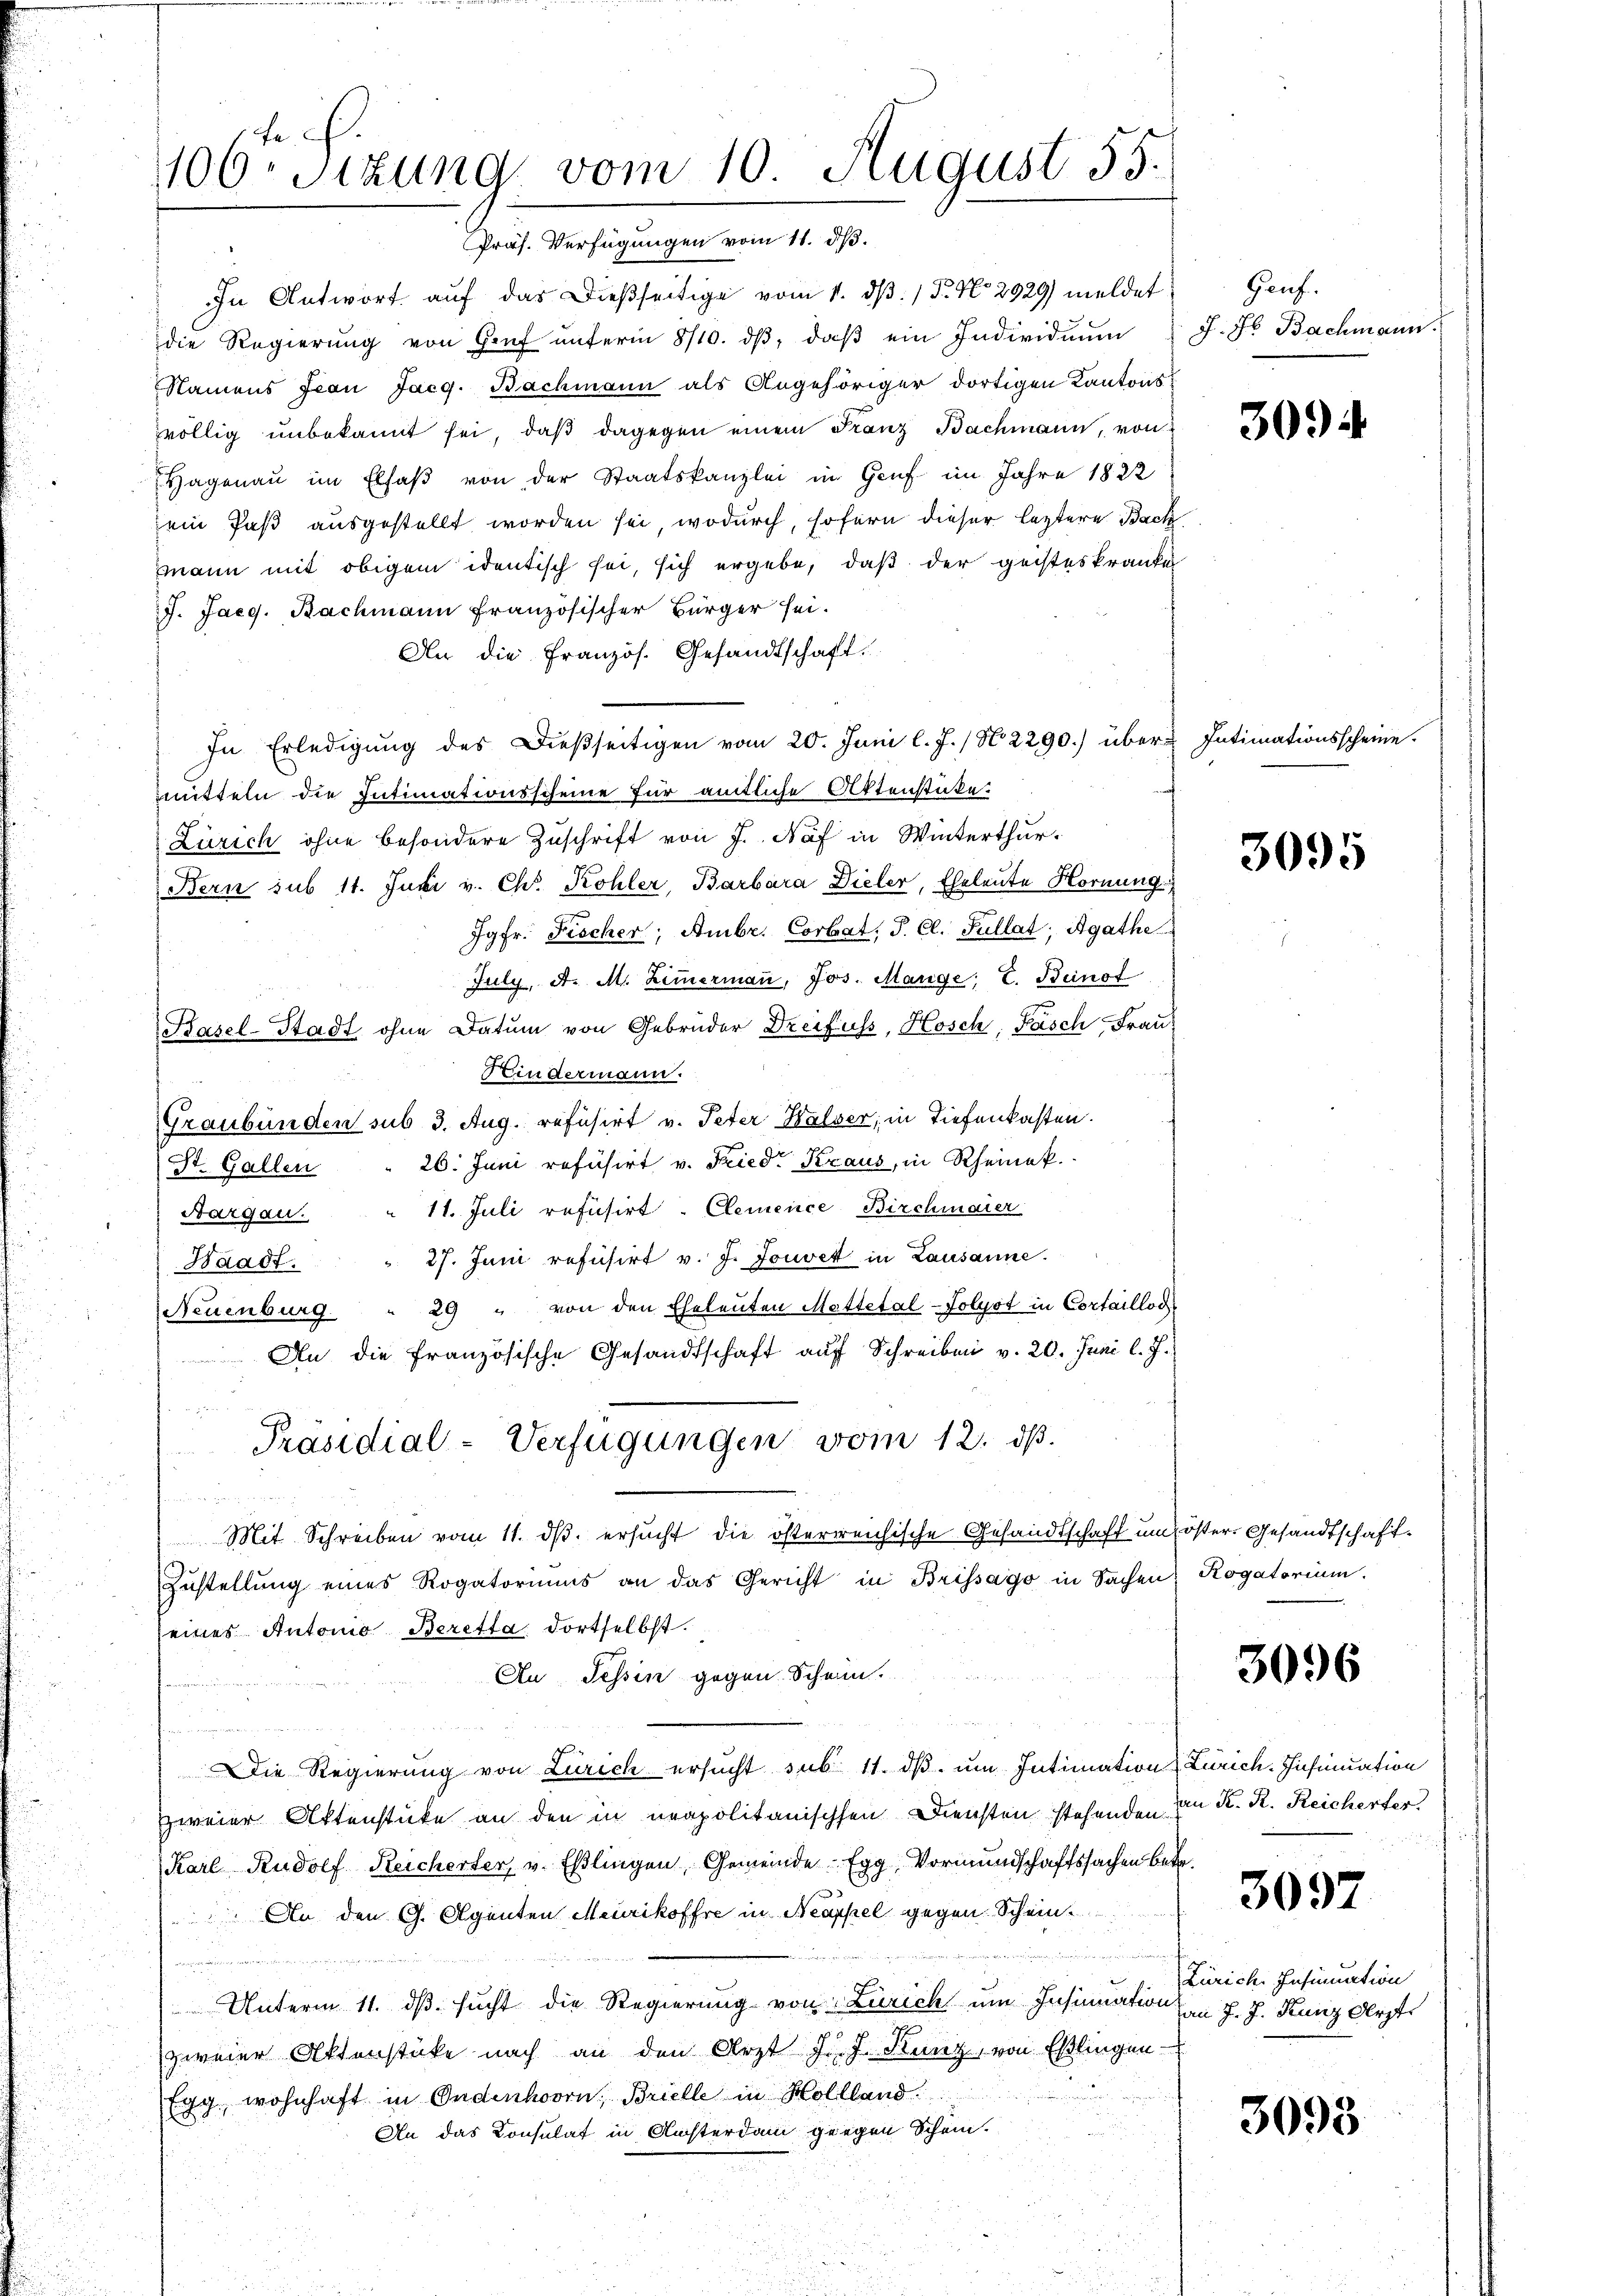
In Antwort auf das dießseitige vom 1. dβ. / 5. No 2929) meldet
die Regierung von Genf unterm 8/10. dβ, daß ein Individuum
Namens Jean Jacg. Bachmann als Angehöriger dortigen Kantonsvöllig unbekannt sei, daß dagegen einem Franz Bachmann, von
Hagenau im Elsaß von der Staatskanzlei in Genf im Jahre 1822
ein Paß ausgestellt worden sei, wodurch, sofern dieser letztere Back
mann mit obigem identisch sei, sich ergebe, daß der geisteskranke
17. Jaeg. Bachmann französischer Bürger sei.
Da die Französ. Gesandtschaft.
In Erledigung des Dießseitigen vom 20. Juni l. J. / N. 2290.) übermmitteln die Intimationsscheine für amtliche Aktenstücke.
Zürich ohne besondere Zuschrift von J. Näf in Winterthur¬
Bern sub 11. Juni v. Chr. Kohler, Barbara Dieler, Eheleute Hornung
Jgfr. Fischer, Ambr. Corbat, P. Cl. Fullat, Agathe
July, A. M. Ziṁermaṅ, Jos. Mange; E. Beinst
Basel-Stadt ohne Datum von Gebrüder Dreifuss, Hosch, Fasch, Frau
Kindermann.
Graubünden sub 3. Aug. refusirt v. Peter Walser; in Tiefenkasten.
26. Juni refüsirt v. Friedr Kraus, in Rheinak.
St. Gallen
Aargau. " 11. Juli refüsirt. Clemence Birchmaier
27. Juni refusirt v. J. Jouvet in Lausanne.
Waadt.
(Neuenburg " 29 " von den Eheleuten Mattetal-Jolyot in Cortaillod
An die französische Gesandtschaft auf Schreiben v. 20. Juni l. J.
n
Präsidial-Verfügungen vom 12. ds.
 27
Mit Schreiben vom 11. dβ. ersŭcht die österreichische Gesandtschaft um öster. Gesandtschaft.
Zustellung eines Rogatoriums an das Gericht in Brissago in Sachen Rogatorium.
eines Autonio Beretta dortselbst.
An Tessin gegen Schein.
Die Regierung von Zürich ersucht sub. 11. dβ. um Intimation Zürich-Insinuation
zweier Aktenstücke an den in neapolitanischen Diensten stehenden von K. R. Reicherter
Karl Rudolf Reicherter v. Eßlingen, Gemeinde Egg, Vormundschaftssachen betr.
 An den G. Agenten Meurikoffre in Neappel gegen Schein
i
Unterm 11. dβ. sucht die Regierung von Zürich um Insinuation von J. J. Kunz Arzt
zweier Aktenstüke nach an den Arzt J. J. Kunz, von Eßlingen-
Egg, wohnhaft in Ondenhoorn, Brielle in Hollland
An das Consulat in Richterdam gegen Schein.

106. Sitzung vom 10 August 55.
Verfügungen vom 11. dh.
E

Genf.
J. H. Bachmann.

309.

Intimationsscheine.

3095

3096

3097

Zürich. Insinuation

3098